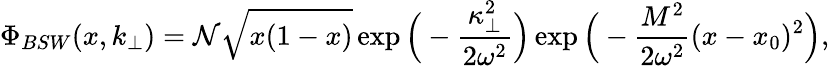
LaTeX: \Phi_{BSW}(x,k_{\bot})={\cal N}\sqrt{x(1-x)}\exp\Big(-{\frac{\kappa_{\bot}^{2}}{2\omega^{2}}}\Big)\exp\Big(-{\frac{M^{2}}{2\omega^{2}}}(x-x_{0})^{2}\Big),